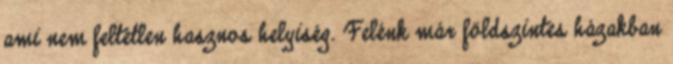
ami nem feltétlen hasznos helyiség. Felénk már földszintes házakban